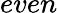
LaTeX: \textit{even}